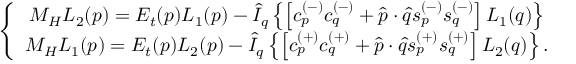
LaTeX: \left\{ \begin{array} { c } { { M _ { H } L _ { 2 } ( p ) = E _ { t } ( p ) L _ { 1 } ( p ) - \hat { I } _ { q } \left\{ \left[ c _ { p } ^ { ( - ) } c _ { q } ^ { ( - ) } + \hat { p } \cdot \hat { q } s _ { p } ^ { ( - ) } s _ { q } ^ { ( - ) } \right] L _ { 1 } ( q ) \right\} } } \\ { { M _ { H } L _ { 1 } ( p ) = E _ { t } ( p ) L _ { 2 } ( p ) - \hat { I } _ { q } \left\{ \left[ c _ { p } ^ { ( + ) } c _ { q } ^ { ( + ) } + \hat { p } \cdot \hat { q } s _ { p } ^ { ( + ) } s _ { q } ^ { ( + ) } \right] L _ { 2 } ( q ) \right\} . } } \end{array} \right.